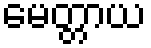
မေတ္တာယ